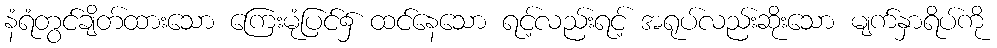
နံရံတွင်ချိတ်ထားသော ကြေးမုံပြင်၌ ထင်နေသော ရင့်လည်းရင့် အရုပ်လည်းဆိုးသော မျက်နှာရိပ်ကို